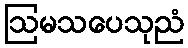
ဩမသပေသုညံ